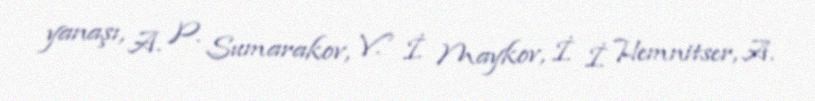
yanaşı, A. P. Sumarakov, V. İ. Maykov, İ. İ. Hemnitser, A.